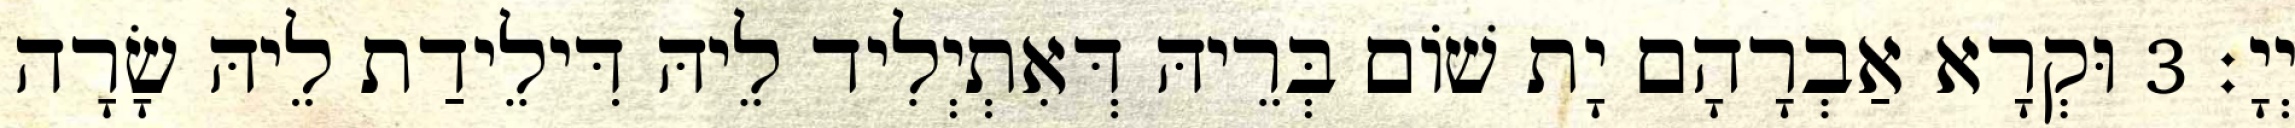
יְיָ׃ 3 וּקְרָא אַבְרָהָם יָת שׁוֹם בְּרֵיהּ דְּאִתְיְלִיד לֵיהּ דִּילֵידַת לֵיהּ שָׂרָה